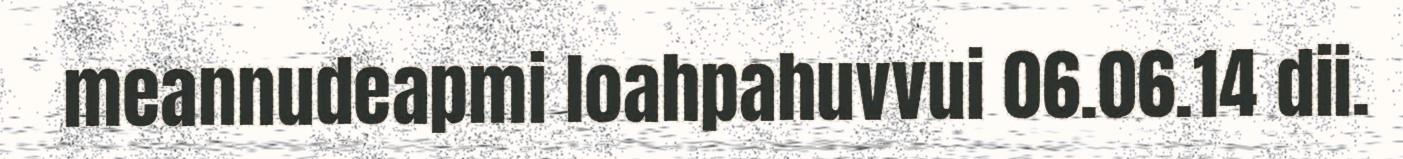
meannudeapmi loahpahuvvui 06.06.14 dii.